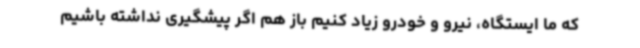
که ما ایستگاه، نیرو و خودرو زیاد کنیم باز هم اگر پیشگیری نداشته باشیم